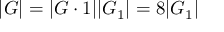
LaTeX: | G | = | G \cdot 1 | | G _ { 1 } | = 8 | G _ { 1 } |